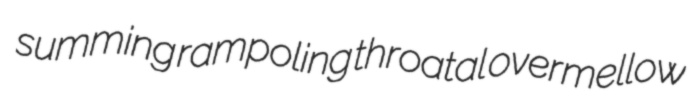
summing rampoling throatal overmellow